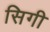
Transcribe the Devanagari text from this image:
सिगी